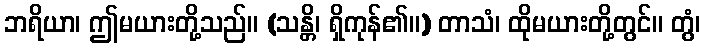
ဘရိယာ၊ ဤမယားတို့သည်။ (သန္တိ၊ ရှိကုန်၏။) တာသံ၊ ထိုမယားတို့တွင်။ တွံ၊